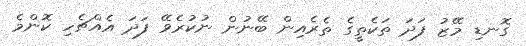
ގޮނޑި މޭޒު ފަދަ ތަކެތީގެ ތެރެއިން ބޭނުން ނުކުރެވޭ ފަދަ އެއްޗެހި ކޮންމެ